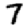
Digit: 7